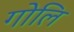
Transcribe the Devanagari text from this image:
गोलि